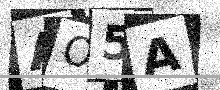
Text: AO5A